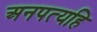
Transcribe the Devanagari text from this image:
अनपत्यहि